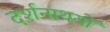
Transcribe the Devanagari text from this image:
दर्शनाथयों